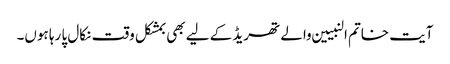
آیت خاتم النبیین والے تھریڈ کے لیے بھی بمشکل وقت نکال پا رہا ہوں۔